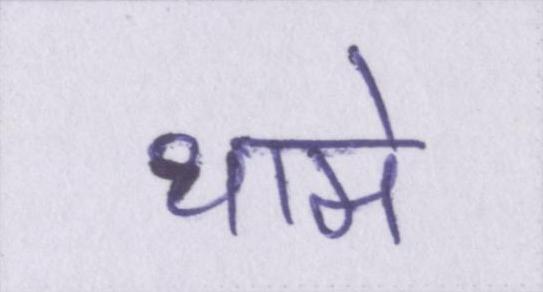
थामे